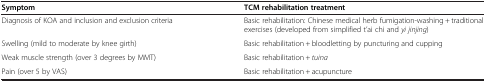
<table><thead><tr><td><b>Symptom</b></td><td><b>TCM rehabilitation treatment</b></td></tr></thead><tbody><tr><td>Diagnosis of KOA and inclusion and exclusion criteria</td><td>Basic rehabilitation: Chinese medical herb fumigation-washing + traditional exercises (developed from simplified t’ai chi and <i>yi jinjing</i>)</td></tr><tr><td>Swelling (mild to moderate by knee girth)</td><td>Basic rehabilitation + bloodletting by puncturing and cupping</td></tr><tr><td>Weak muscle strength (over 3 degrees by MMT)</td><td>Basic rehabilitation + <i>tuina</i></td></tr><tr><td>Pain (over 5 by VAS)</td><td>Basic rehabilitation + acupuncture</td></tr></tbody></table>